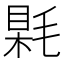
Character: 𣮰